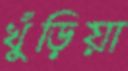
খুঁড়িয়া